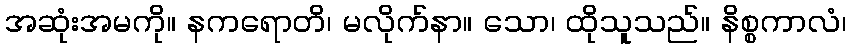
အဆုံးအမကို။ နကရောတိ၊ မလိုက်နာ။ သော၊ ထိုသူသည်။ နိစ္စကာလံ၊